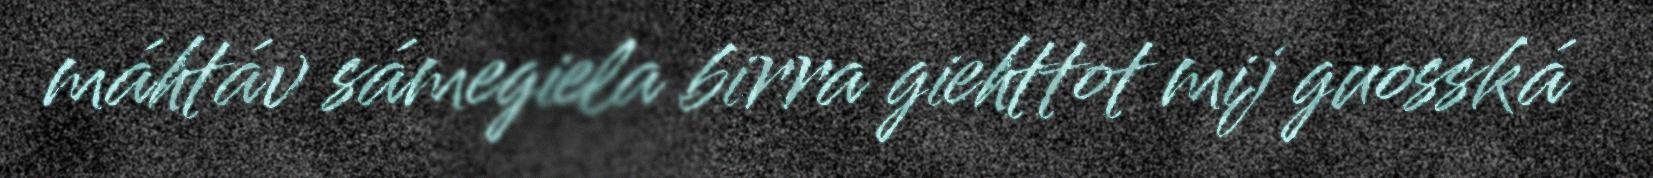
máhtáv sámegiela birra giehttot mij guosská